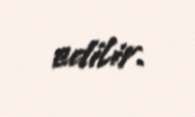
edilir.